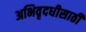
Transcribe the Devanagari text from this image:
अभिवृदधीसाठी